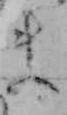
ま